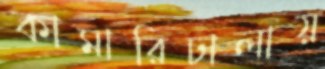
কামারিঢালায়